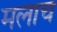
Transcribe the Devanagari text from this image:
मलाच